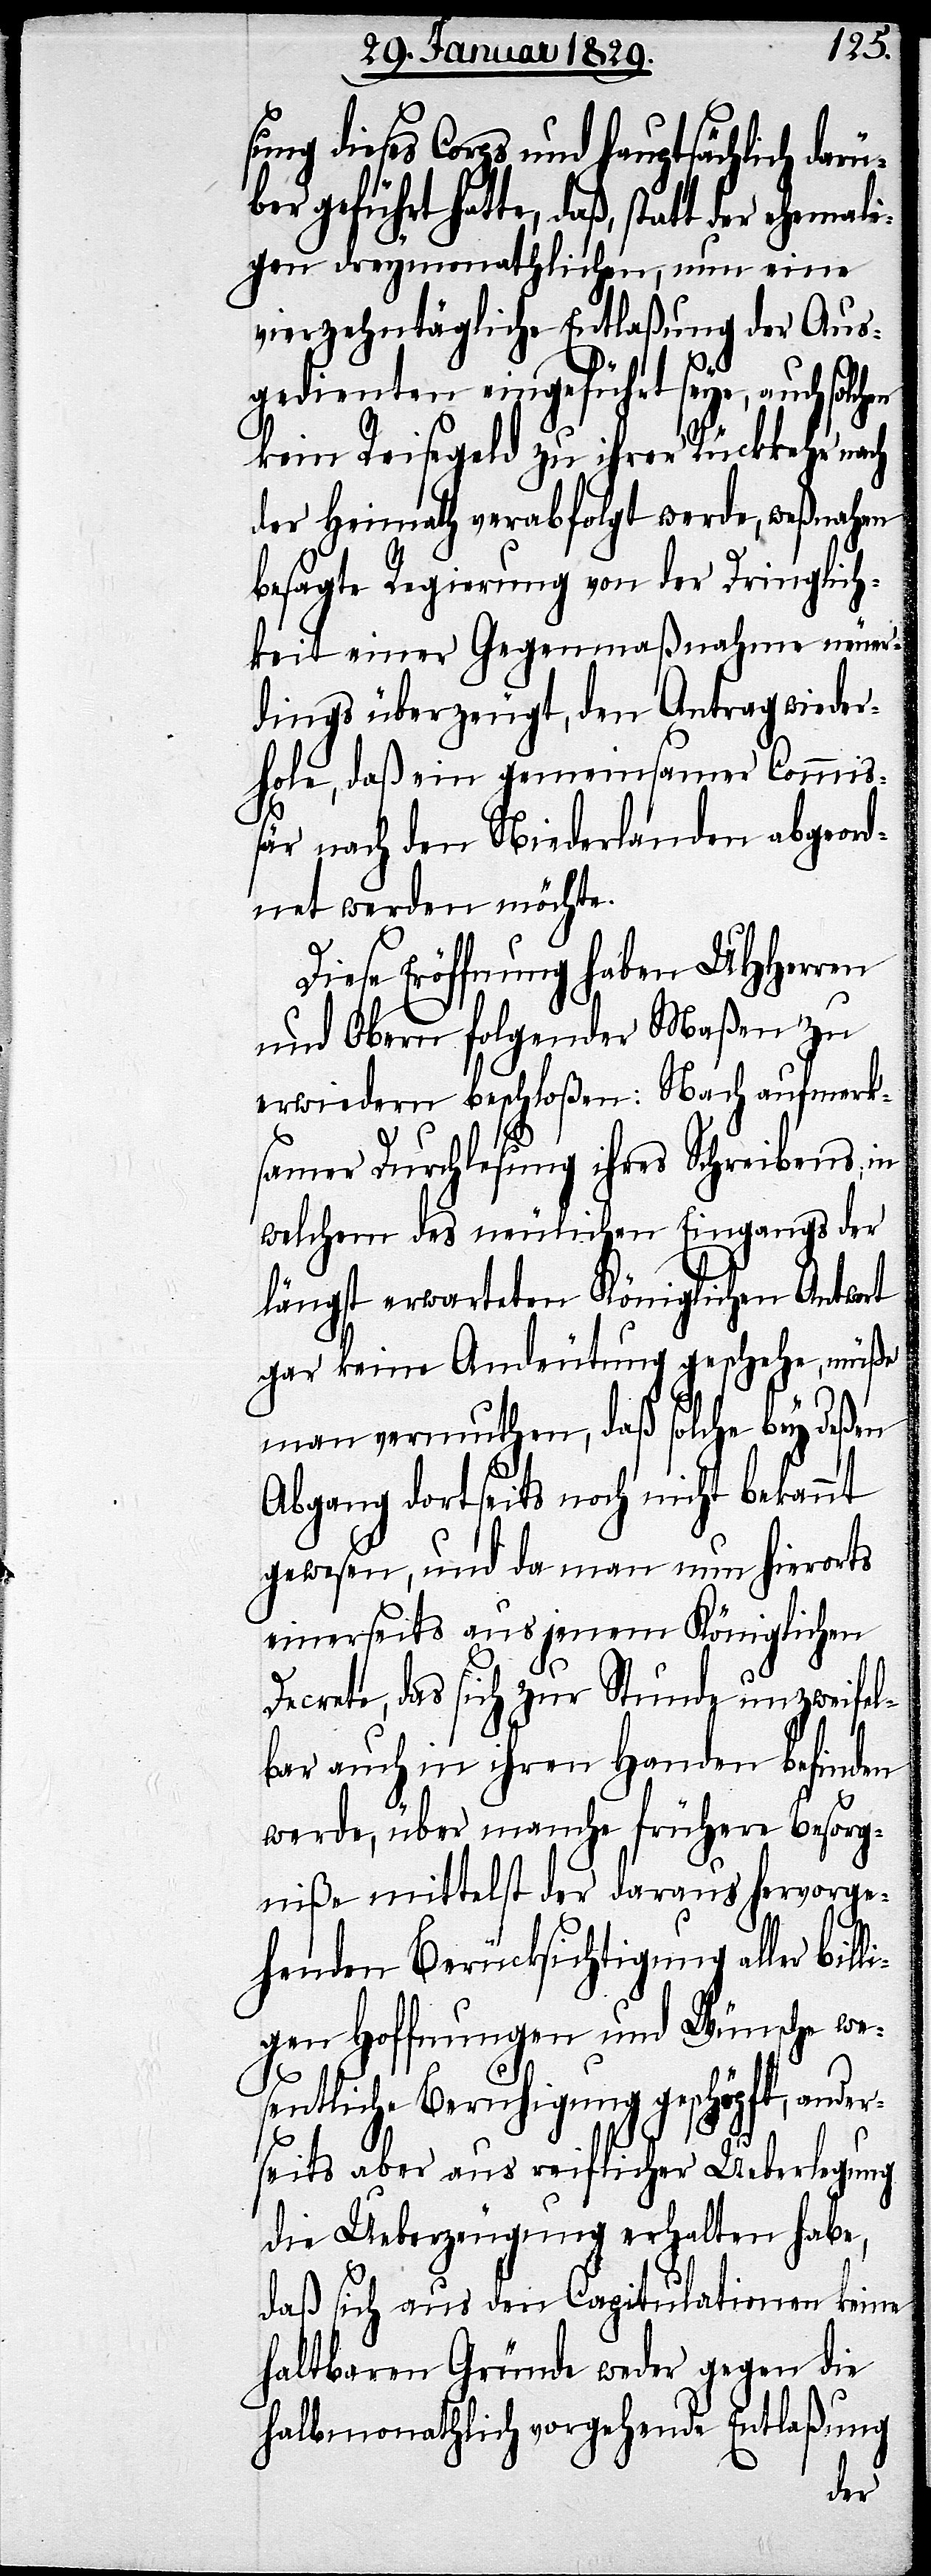
ung dieses Corps und hauptsächlich darü¬
ber geführt hatte, daß, statt der ehemal¬
igen dreymonathlichen, nun eine
vierzehntägliche Entlaßung der Aus¬
l¬
gedienten eingeführt seye, auch
kein Reisegeld zu ihrer Rückkehr nach
der Heimath verabfolgt werde, weßnahen
besagte Regierung von der Dringlich¬
keit einer Gegenmaßnahme neuer¬
dings überzeugt, den Antrag wieder¬
hole, daß ein gemeinsamer Commi¬
ßär nach den Niederlanden abgeord¬
net werden möchte.
Diese Eröffnung haben UHHerren
und Obern folgender Maßen zu
erwiedern beschloßen: Nach aufmerk¬
samer Durchlesung ihres Schreibens, in
welchem des neulichen Eingangs der
längst erwarteten Königlichen Antwort
gar keine Andeutung geschehe, müße
man vermuthen daß solche bey deßen
Abgang dortseits noch nicht bekannt
gewesen, und da man nun hierorts
einerseits aus jenem Königlichen
Decrete, das sich zur Stunde unzweifel¬
bar auch in ihren Handen befinden
werde, über manche frühere Besorg¬
niße mittelst der daraus hervorge¬
henden Berücksichtigung aller bil¬
igen Hoffnungen und Wünsche we¬
sentliche Beruhigung geschöpft, ander¬
seits aber aus reiflicher Ueberlegung
die Ueberzeugung erhalten habe,
daß sich aus den Capitulationen keine
haltbare Gründe weder gegen die
halbmonathlich vorgehende Entlaßung